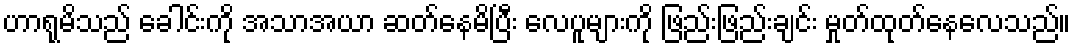
ဟာရုမိသည် ခေါင်းကို အသာအယာ ဆတ်နေမိပြီး လေပူများကို ဖြည်းဖြည်းချင်း မှုတ်ထုတ်နေလေသည်။